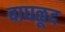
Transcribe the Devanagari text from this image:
वाघळूद